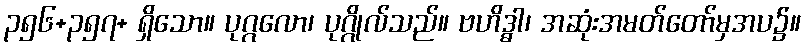
၃၅၆+၃၅၇+ ရှိသော။ ပုဂ္ဂလော၊ ပုဂ္ဂိုလ်သည်။ ဗဟိဒ္ဓါ၊ အဆုံးအမတ်တော်မှအပ၌။